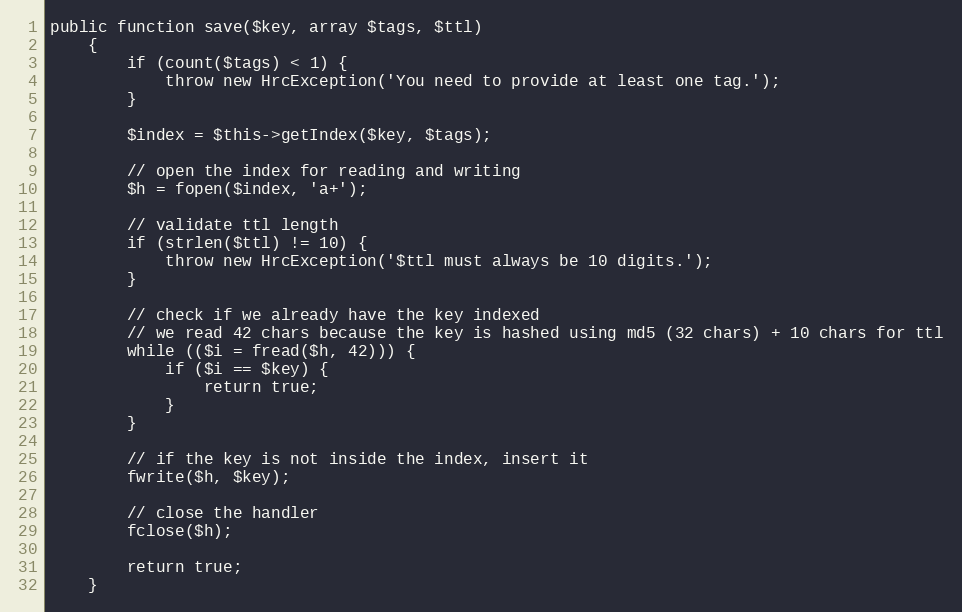
Language: PHP
public function save($key, array $tags, $ttl)
    {
        if (count($tags) < 1) {
            throw new HrcException('You need to provide at least one tag.');
        }

        $index = $this->getIndex($key, $tags);

        // open the index for reading and writing
        $h = fopen($index, 'a+');

        // validate ttl length
        if (strlen($ttl) != 10) {
            throw new HrcException('$ttl must always be 10 digits.');
        }

        // check if we already have the key indexed
        // we read 42 chars because the key is hashed using md5 (32 chars) + 10 chars for ttl
        while (($i = fread($h, 42))) {
            if ($i == $key) {
                return true;
            }
        }

        // if the key is not inside the index, insert it
        fwrite($h, $key);

        // close the handler
        fclose($h);

        return true;
    }